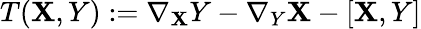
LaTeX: T(\mathbf{X},Y):=\nabla_{\mathbf{X}}Y-\nabla_{Y}\mathbf{X}-[\mathbf{X},Y]